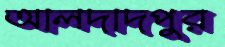
আলদাদপুর